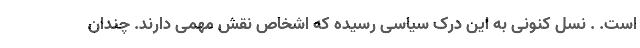
است. . نسل کنونی به این درک سیاسی رسیده که اشخاص نقش مهمی دارند. چندان